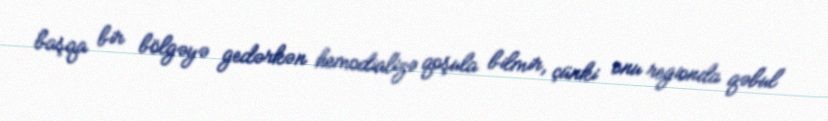
başqa bir bölgəyə gedərkən hemodializə qoşula bilmir, çünki onu regionda qəbul